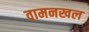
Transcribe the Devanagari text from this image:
वामनखल